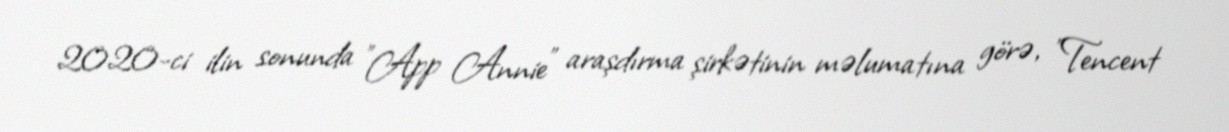
2020-ci ilin sonunda "App Annie" araşdırma şirkətinin məlumatına görə, "Tencent